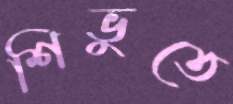
শিভুতে